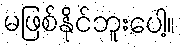
မဖြစ်နိုင်ဘူးပေါ့။